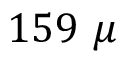
1 5 9 ~ \mu